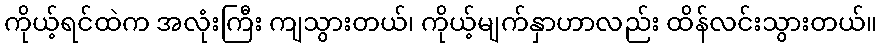
ကိုယ့်ရင်ထဲက အလုံးကြီး ကျသွားတယ်၊ ကိုယ့်မျက်နှာဟာလည်း ထိန်လင်းသွားတယ်။